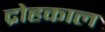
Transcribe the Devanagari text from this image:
द्रोहकाल